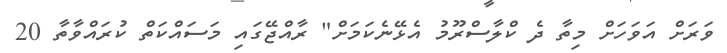
ވަރަށް އަވަހަށް މިތާ ދެ ކްލާސްރޫމު އެޅޭނެކަމަށް" ރާއްޖޭގައި މަސައްކަތް ކުރައްވާތާ 20